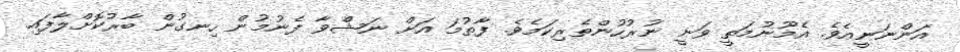
އަންނަނީއެވެ. އެމޫނުމަތީ ވަނީ ނުރުހުންތެރިކަމެވެ. ފާތުމަ އަށް ނަޝްވާ ފެނުމުން ހިނގުން ބާރުކޮށްލާފައި